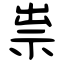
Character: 祟